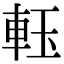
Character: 𨋔